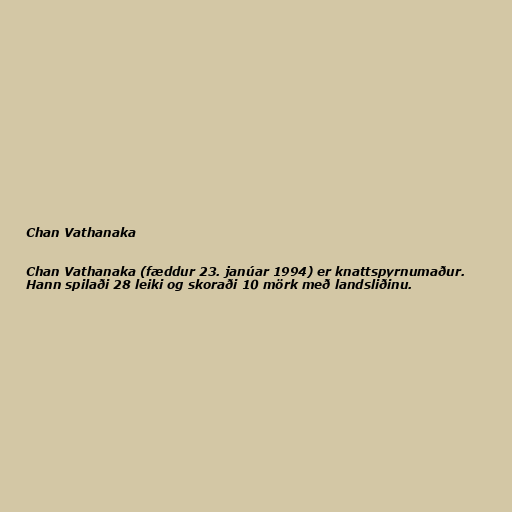
Chan Vathanaka

Chan Vathanaka (fæddur 23. janúar 1994) er knattspyrnumaður.
Hann spilaði 28 leiki og skoraði 10 mörk með landsliðinu.